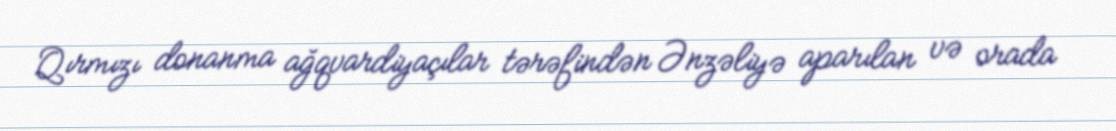
Qırmızı donanma ağqvardiyaçılar tərəfindən Ənzəliyə aparılan və orada